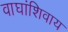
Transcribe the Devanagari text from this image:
वाघांशिवाय